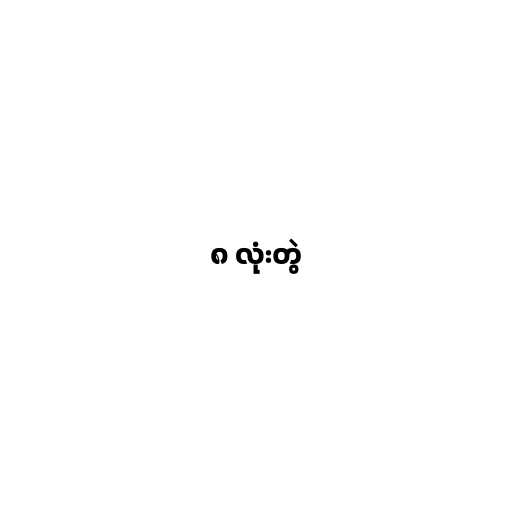
၈ လုံးတွဲ